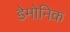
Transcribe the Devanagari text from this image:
डेमोनिक